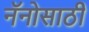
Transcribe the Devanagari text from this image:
नॅनोसाठी